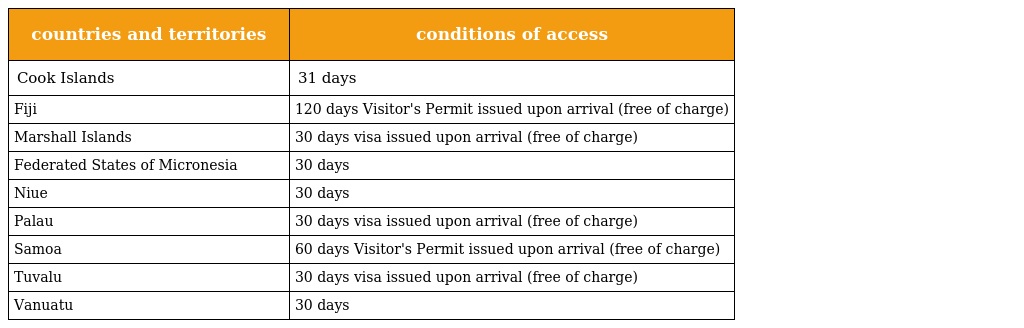
| countries and territories | conditions of access |
 | --- | --- |
 | Cook Islands | 31 days |
 | Fiji | 120 days Visitor's Permit issued upon arrival (free of charge) |
 | Marshall Islands | 30 days visa issued upon arrival (free of charge) |
 | Federated States of Micronesia | 30 days |
 | Niue | 30 days |
 | Palau | 30 days visa issued upon arrival (free of charge) |
 | Samoa | 60 days Visitor's Permit issued upon arrival (free of charge) |
 | Tuvalu | 30 days visa issued upon arrival (free of charge) |
 | Vanuatu | 30 days |